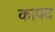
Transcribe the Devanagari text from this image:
कापद